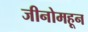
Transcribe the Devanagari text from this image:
जीनोमहून